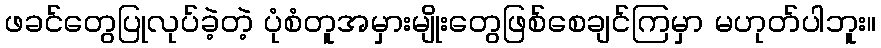
ဖခင်တွေပြုလုပ်ခဲ့တဲ့ ပုံစံတူအမှားမျိုးတွေဖြစ်စေချင်ကြမှာ မဟုတ်ပါဘူး။